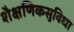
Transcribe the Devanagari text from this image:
शैक्षणिकसुविधा